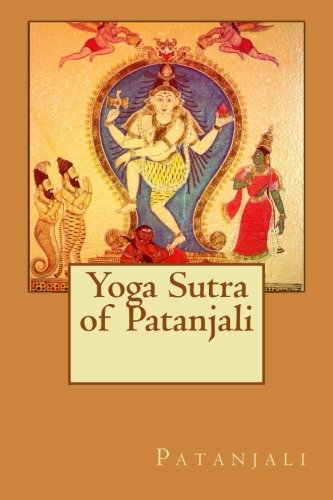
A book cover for Yoga Sutra of Patanjali; Patanjali; Religion & Spirituality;